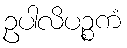
ဥပါလိပဉ္စကံ